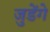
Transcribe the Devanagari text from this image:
जुडेंगे